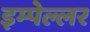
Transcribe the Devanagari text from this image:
इम्पेल्लर